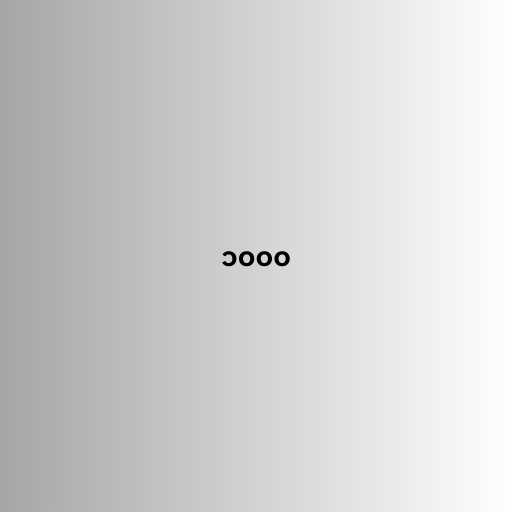
၁၀၀၀